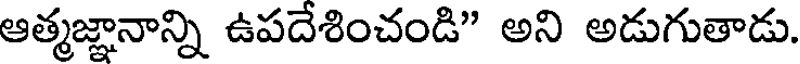
ఆత్మజ్ఞానాన్ని ఉపదేశించండి" అని అడుగుతాడు.